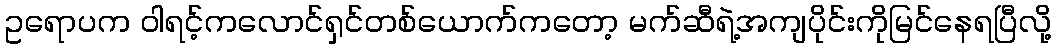
ဥရောပက ဝါရင့်ကလောင်ရှင်တစ်ယောက်ကတော့ မက်ဆီရဲ့အကျပိုင်းကိုမြင်နေရပြီလို့